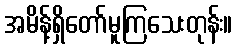
အမိန့်ရှိတော်မူကြသေးတုန်း။